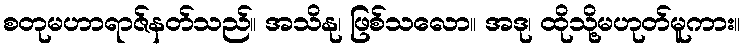
စတုမဟာရာဇ်နတ်သည်။ အသိနု၊ ဖြစ်သလော။ အဒု၊ ထိုသို့မဟုတ်မူကား။